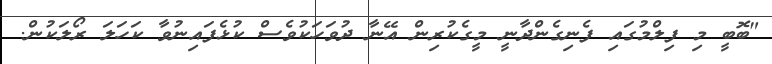
"ބޮބީ މި ފިލްމުގައި ފެނިގެންދާނީ މީގެކުރިން އޭނާ ދުވަހަކުވެސް ކުޅެފައިނުވާ ކަހަލަ ރޯލަކުން.